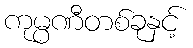
ကုမ္ပဏီတစ်ခုနှင့်